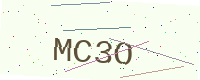
Text: MC3O